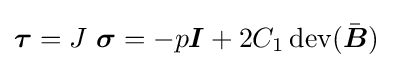
{\boldsymbol {\tau }}=J~{\boldsymbol {\sigma }}=-p{\boldsymbol {I}}+2C_{1}\operatorname {dev} ({\bar {\boldsymbol {B}}})